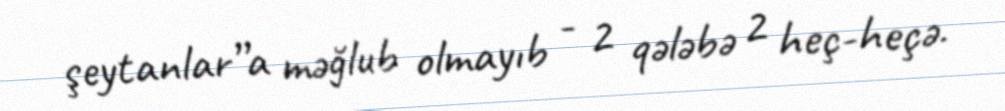
şeytanlar”a məğlub olmayıb - 2 qələbə 2 heç-heçə.